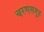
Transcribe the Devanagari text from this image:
चरणसमुह